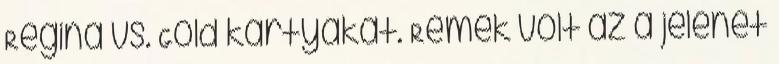
Regina vs. Gold kártyákat. Remek volt az a jelenet